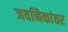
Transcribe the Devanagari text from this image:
जवनिकांतर